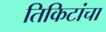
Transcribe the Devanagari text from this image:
तिकिटांचा